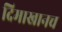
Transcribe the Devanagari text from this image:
दिमाखानच